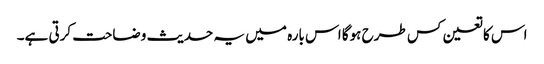
اس کا تعین کس طرح ہوگا اس بارہ میں یہ حدیث وضاحت کرتی ہے۔